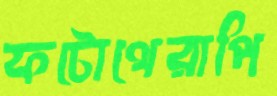
ফটোথেরাপি